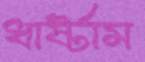
ধার্ষ্টাম